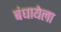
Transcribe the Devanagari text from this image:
बंधायेला